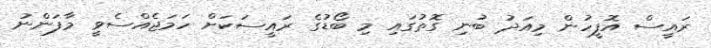
ރައީސް އޮފީހުން މިއަދު ބުނި ގޮތުގައި މި ބޯޑުގެ ރައީސަކަށް ހަމަޖެއްސެވީ މާފަންނު